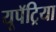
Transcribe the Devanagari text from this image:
यूपॅट्रिया